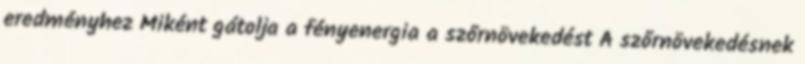
eredményhez Miként gátolja a fényenergia a szőrnövekedést A szőrnövekedésnek